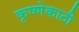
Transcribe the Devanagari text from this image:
कृष्णेकाठी